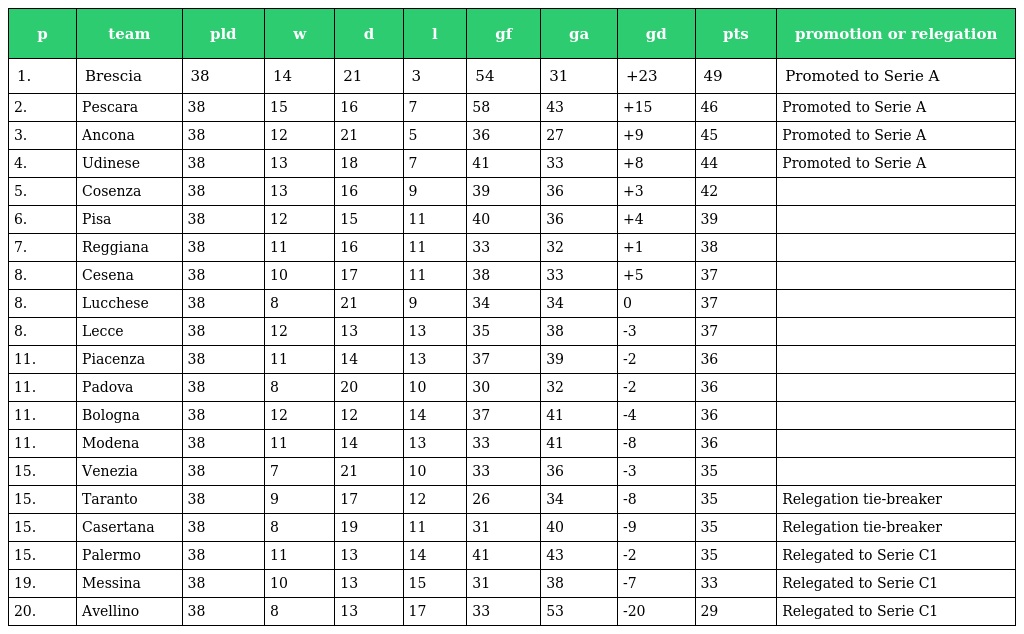
| p | team | pld | w | d | l | gf | ga | gd | pts | promotion or relegation |
 | --- | --- | --- | --- | --- | --- | --- | --- | --- | --- | --- |
 | 1. | Brescia | 38 | 14 | 21 | 3 | 54 | 31 | +23 | 49 | Promoted to Serie A |
 | 2. | Pescara | 38 | 15 | 16 | 7 | 58 | 43 | +15 | 46 | Promoted to Serie A |
 | 3. | Ancona | 38 | 12 | 21 | 5 | 36 | 27 | +9 | 45 | Promoted to Serie A |
 | 4. | Udinese | 38 | 13 | 18 | 7 | 41 | 33 | +8 | 44 | Promoted to Serie A |
 | 5. | Cosenza | 38 | 13 | 16 | 9 | 39 | 36 | +3 | 42 |  |
 | 6. | Pisa | 38 | 12 | 15 | 11 | 40 | 36 | +4 | 39 |  |
 | 7. | Reggiana | 38 | 11 | 16 | 11 | 33 | 32 | +1 | 38 |  |
 | 8. | Cesena | 38 | 10 | 17 | 11 | 38 | 33 | +5 | 37 |  |
 | 8. | Lucchese | 38 | 8 | 21 | 9 | 34 | 34 | 0 | 37 |  |
 | 8. | Lecce | 38 | 12 | 13 | 13 | 35 | 38 | -3 | 37 |  |
 | 11. | Piacenza | 38 | 11 | 14 | 13 | 37 | 39 | -2 | 36 |  |
 | 11. | Padova | 38 | 8 | 20 | 10 | 30 | 32 | -2 | 36 |  |
 | 11. | Bologna | 38 | 12 | 12 | 14 | 37 | 41 | -4 | 36 |  |
 | 11. | Modena | 38 | 11 | 14 | 13 | 33 | 41 | -8 | 36 |  |
 | 15. | Venezia | 38 | 7 | 21 | 10 | 33 | 36 | -3 | 35 |  |
 | 15. | Taranto | 38 | 9 | 17 | 12 | 26 | 34 | -8 | 35 | Relegation tie-breaker |
 | 15. | Casertana | 38 | 8 | 19 | 11 | 31 | 40 | -9 | 35 | Relegation tie-breaker |
 | 15. | Palermo | 38 | 11 | 13 | 14 | 41 | 43 | -2 | 35 | Relegated to Serie C1 |
 | 19. | Messina | 38 | 10 | 13 | 15 | 31 | 38 | -7 | 33 | Relegated to Serie C1 |
 | 20. | Avellino | 38 | 8 | 13 | 17 | 33 | 53 | -20 | 29 | Relegated to Serie C1 |